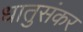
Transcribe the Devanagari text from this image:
धातुसंकर